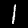
Label: 1